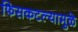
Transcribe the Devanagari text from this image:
फिसकटल्यामुळे